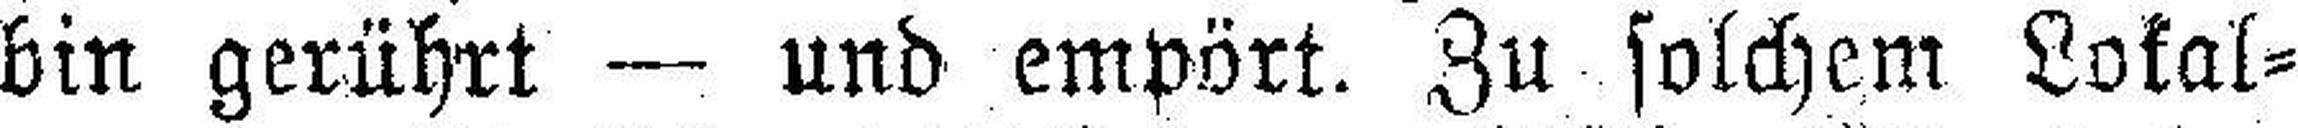
bin gerührt — und empört. Zu solchem Lokal¬